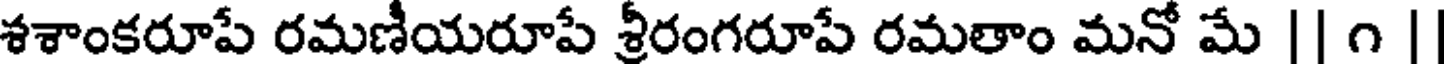
శశాంకరూపే రమణీయరూపే శ్రీరంగరూపే రమతాం మనో మే || ౧ |